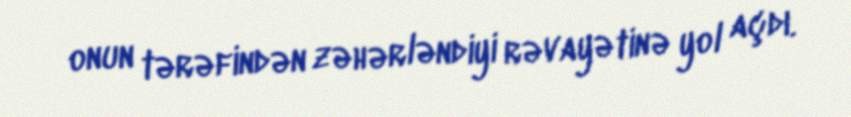
onun tərəfindən zəhərləndiyi rəvayətinə yol açdı.